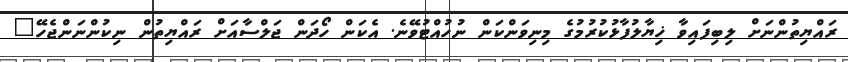
ރައްޔިތުންނަށް ލިބިފައިވާ ޚިޔާލުފާޅުކުރުމުގެ މިނިވަންކަން ނުހުއްޓުވޭނެ. އެކަން ހޯދަން ޖަލްސާއަށް ރައްޔިތުން ނިކުންނަންޖެހޭ"